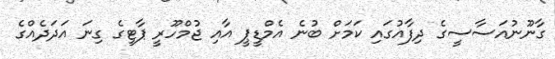
ގާނޫނުއަސާސީގެ ދިފާއުގައި ކަމަށް ބުނެ އެމްޑީޕީ އާއި ޖުމްހޫރީ ޕާޓީގެ ގިނަ އަދަދެއްގެ